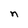
Character: n